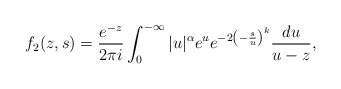
\begin{align*}f_2(z,s)=\frac{e^{-z}}{2\pi i}\int_0^{-\infty}|u|^\alpha e^u e^{-2\left(-\frac{s}{u}\right)^k}\frac{du}{u-z},\end{align*}